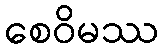
စေဝိမဿ